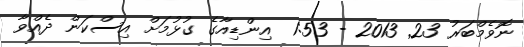
ނޮވެމްބަރު 23